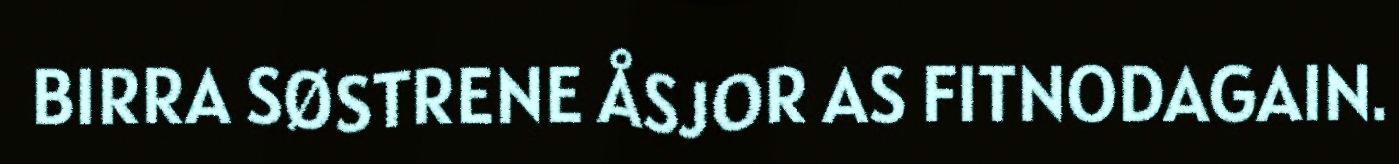
BIRRA SØSTRENE ÅSJOR AS FITNODAGAIN.